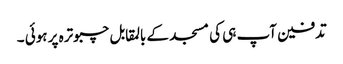
تدفین آپ ہی کی مسجد کے بالمقابل چبوترہ پر ہوئی ۔